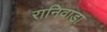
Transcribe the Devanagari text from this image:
रानिवाडा